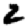
Digit: 2